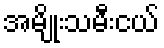
အမျိုးသမီးငယ်